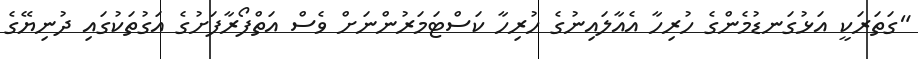
"ގަތަރަކީ އަޅުގަނޑުމެންގެ ހުރިހާ އެއާލައިނުގެ ހުރިހާ ކަސްޓަމަރުންނަށް ވެސް އަތްފޯރާފަށުގެ އަގުތަކުގައި ދުނިޔޭގެ